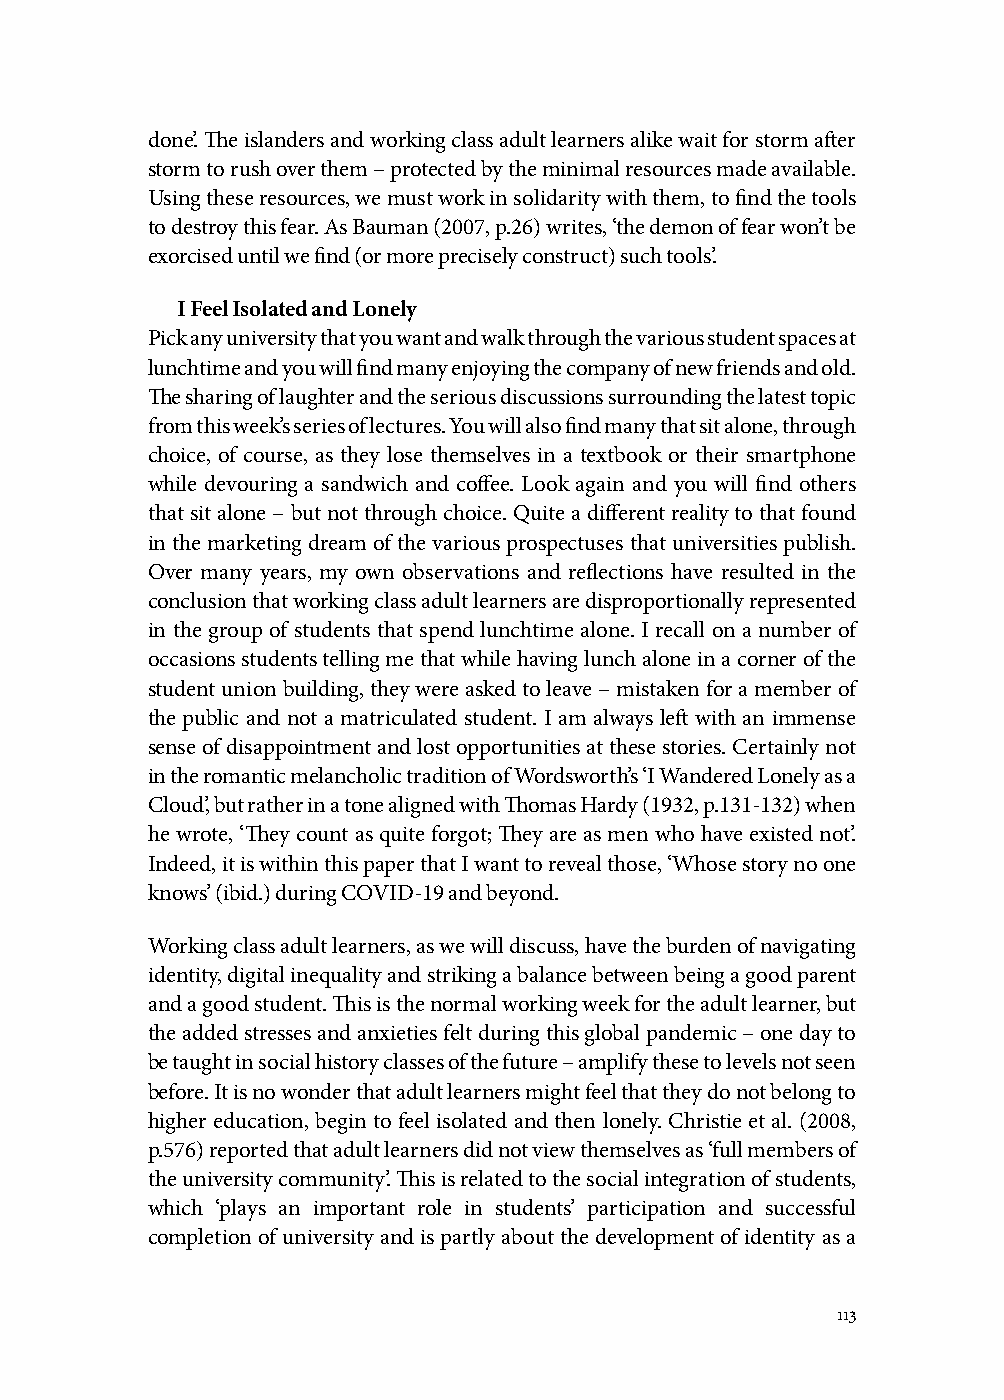
done’. The islanders and working class adult learners alike wait for storm after
 storm to rush over them – protected by the minimal resources made available.
 Using these resources, we must work in solidarity with them, to find the tools
 to destroy this fear. As Bauman (2007, p.26) writes, ‘the demon of fear won’t be
 exorcised until we find (or more precisely construct) such tools’.
 I Feel Isolated and Lonely
 Pick any university that you want and walk through the various student spaces at
 lunchtime and you will find many enjoying the company of new friends and old.
 The sharing of laughter and the serious discussions surrounding the latest topic
 from this week’s series of lectures. You will also find many that sit alone, through
 choice, of course, as they lose themselves in a textbook or their smartphone
 while devouring a sandwich and coffee. Look again and you will find others
 that sit alone – but not through choice. Quite a different reality to that found
 in the marketing dream of the various prospectuses that universities publish.
 Over many years, my own observations and reflections have resulted in the
 conclusion that working class adult learners are disproportionally represented
 in the group of students that spend lunchtime alone. I recall on a number of
 occasions students telling me that while having lunch alone in a corner of the
 student union building, they were asked to leave – mistaken for a member of
 the public and not a matriculated student. I am always left with an immense
 sense of disappointment and lost opportunities at these stories. Certainly not
 in the romantic melancholic tradition of Wordsworth’s ‘I Wandered Lonely as a
 Cloud’, but rather in a tone aligned with Thomas Hardy (1932, p.131-132) when
 he wrote, ‘They count as quite forgot; They are as men who have existed not’.
 Indeed, it is within this paper that I want to reveal those, ‘Whose story no one
 knows’ (ibid.) during COVID-19 and beyond.
 Working class adult learners, as we will discuss, have the burden of navigating
 identity, digital inequality and striking a balance between being a good parent
 and a good student. This is the normal working week for the adult learner, but
 the added stresses and anxieties felt during this global pandemic – one day to
 be taught in social history classes of the future – amplify these to levels not seen
 before. It is no wonder that adult learners might feel that they do not belong to
 higher education, begin to feel isolated and then lonely. Christie et al. (2008,
 p.576) reported that adult learners did not view themselves as ‘full members of
 the university community’. This is related to the social integration of students,
 which ‘plays an important role in students’ participation and successful
 completion of university and is partly about the development of identity as a
 113